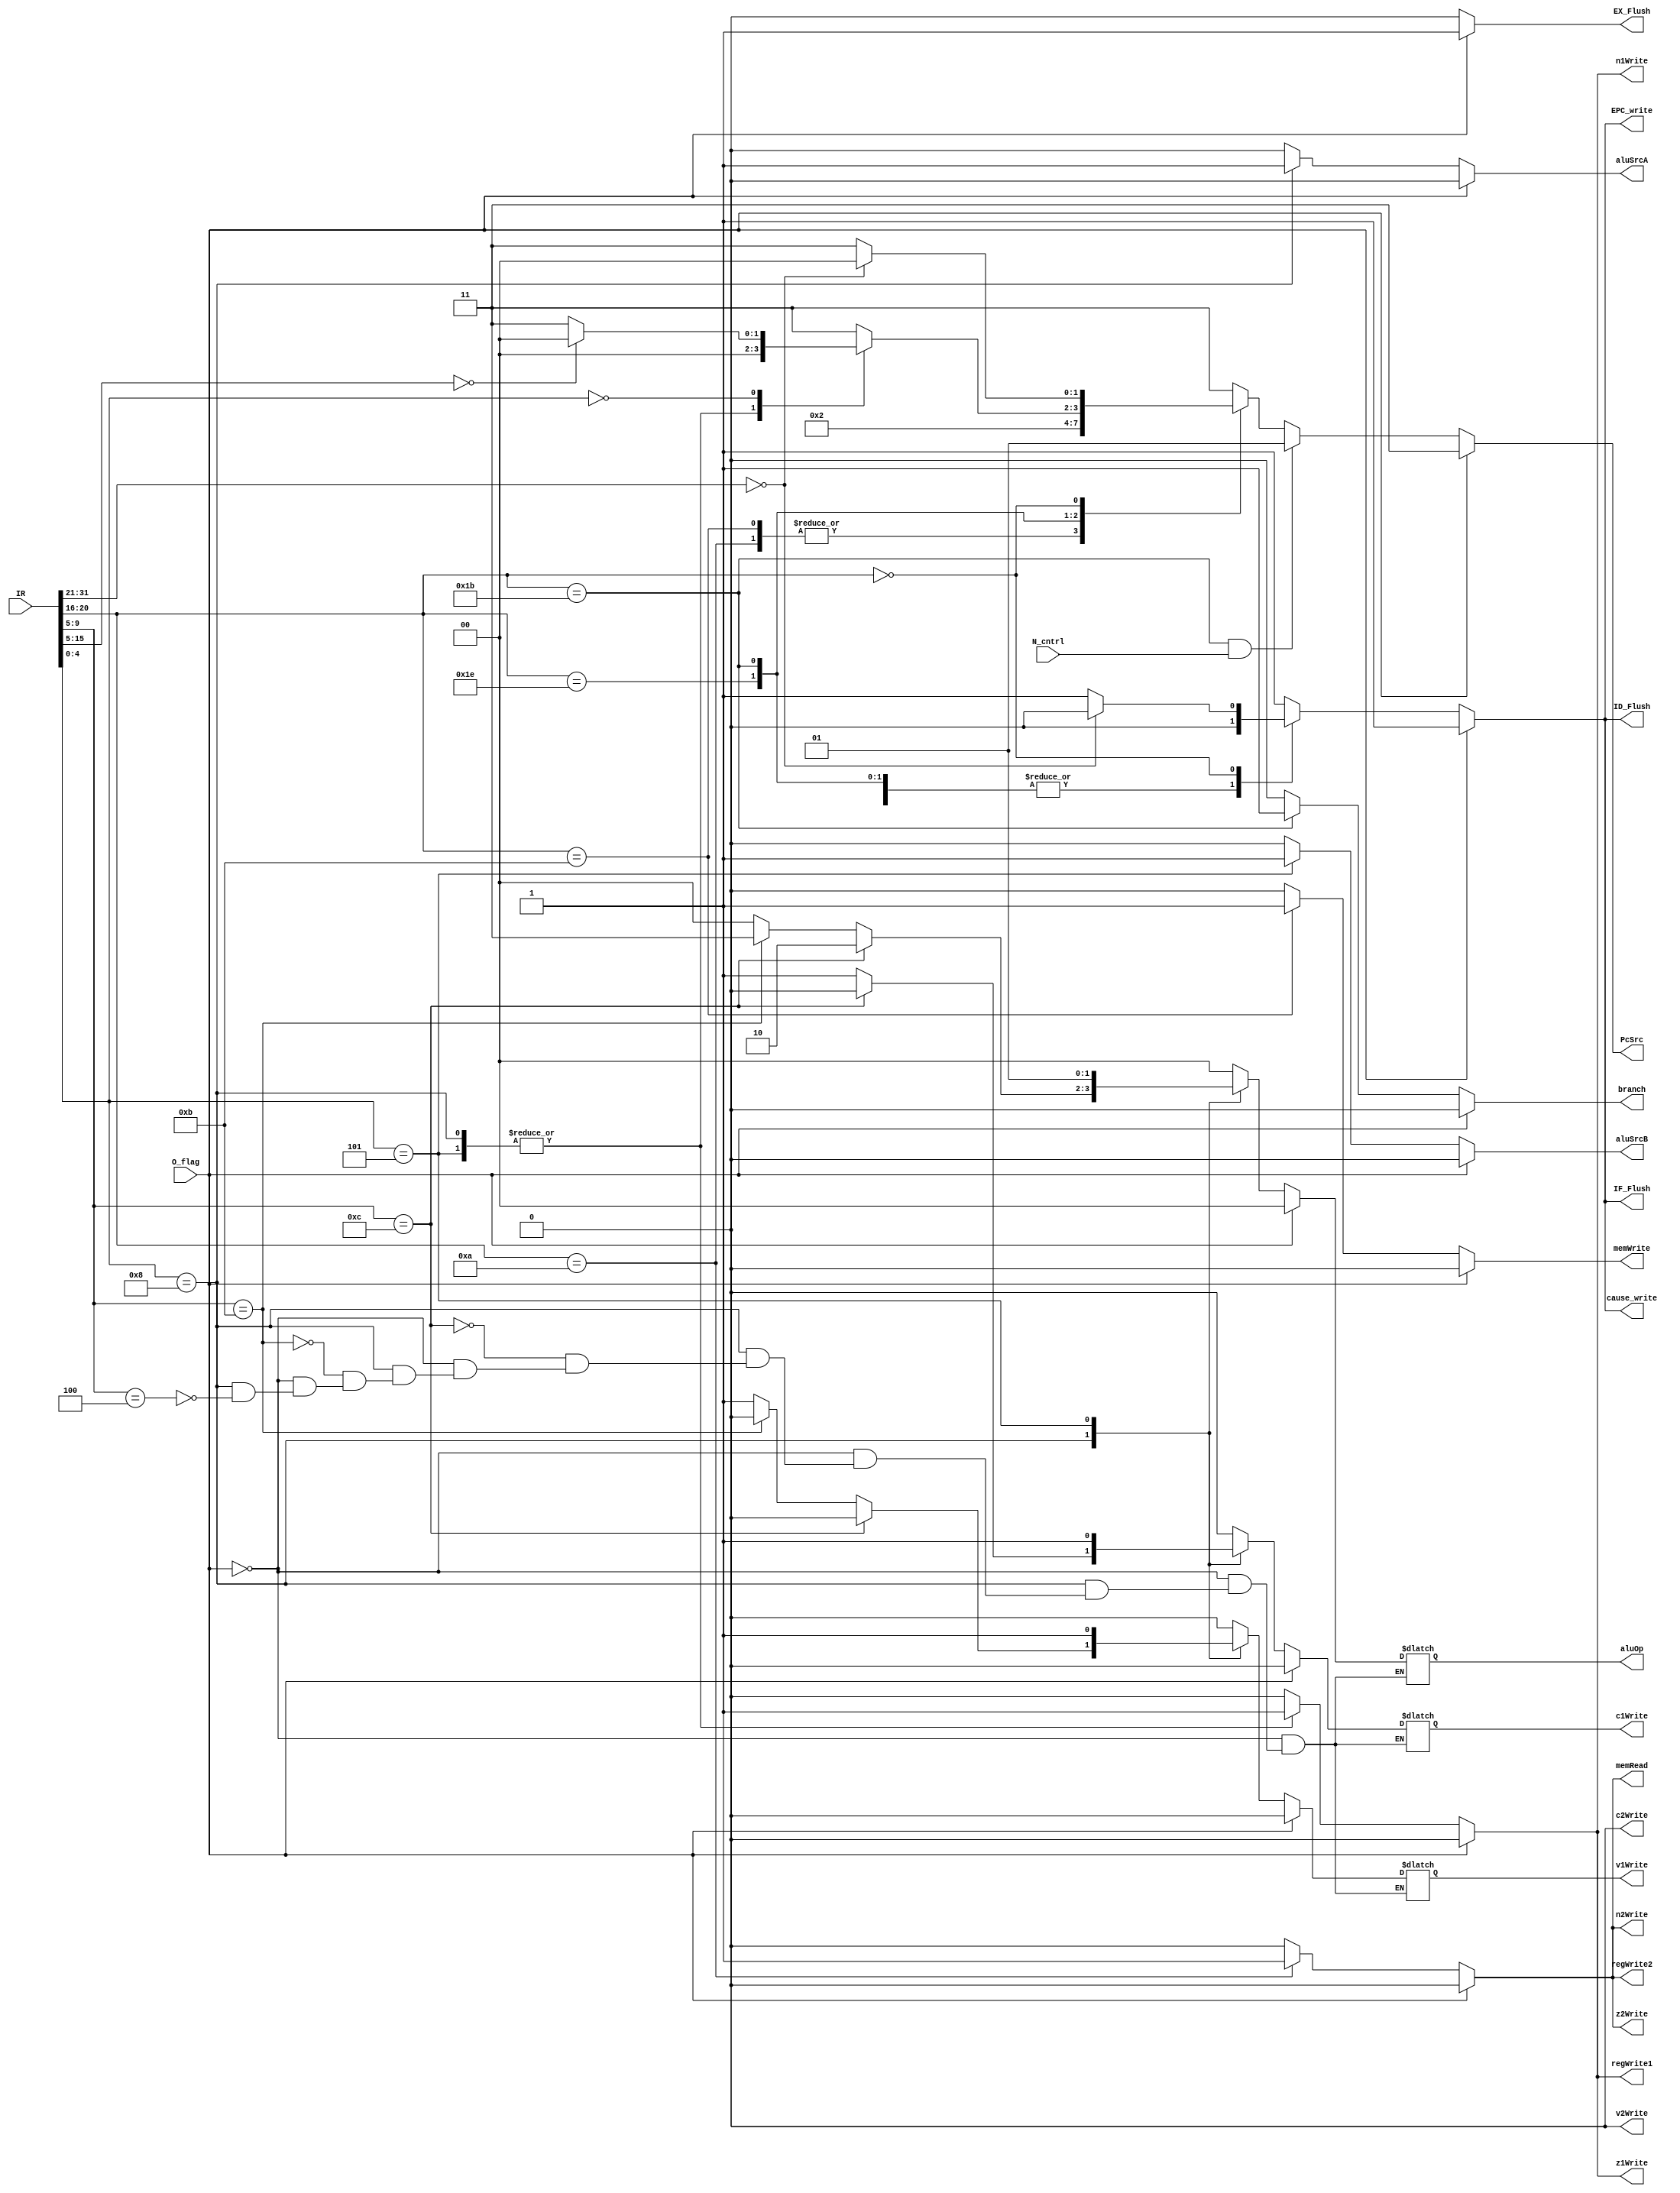
module CntrlCkt(input [31:0] IR, input N_cntrl, 
				output reg regWrite1,output reg regWrite2,
				output reg z1Write,output reg n1Write,output reg c1Write, output reg v1Write, output reg z2Write, output reg n2Write,output reg c2Write,output reg v2Write,
				output reg [1:0]aluOp, output reg branch,
				//output reg PcWrite, 
				output reg [1:0] PcSrc,output reg memRead, output reg memWrite, output reg aluSrcA, output reg aluSrcB,			
				input O_flag, output reg IF_Flush, output reg ID_Flush, output reg EX_Flush, output reg EPC_write,
				 output reg cause_write);

always@(IR or N_cntrl)
	begin
		// for the first instruction
		if(O_flag == 1'b1)
		begin
							   	regWrite1 = 0;
							   	aluSrcA = 0; // for offset
							   	aluSrcB = 0;
							   	z1Write=0;
							   	n1Write=0;
							   	c1Write=0;
							   	v1Write=0;
							  	aluOp=2'b00;
							    regWrite2 = 1'b0;
							   	branch=0;
						    	z2Write=1'b0;
							   	n2Write=1'b0;
						    	c2Write=1'b0;
						    	v2Write=1'b0;
						    	memRead=1'b0;
							  	memWrite=1'b0;
						     	PcSrc=2'b11;
						     	IF_Flush = 1'b1;
    							ID_Flush = 1'b1;
    							EX_Flush = 1'b1;
    							EPC_write = 1'b1;
    							cause_write = 1'b1;
		end
		else 
		begin
		casex({IR[4:0]})
			5'b01000: 	begin
							   	regWrite1 = 1'b1;
    				      		aluSrcA = 1'b1;
    							aluSrcB = 0;
    							z1Write=1;
    						    n1Write=1;
    						    if(IR[9:5]==5'b00100)	
    						    begin
    							   		c1Write=1'b1;
    									v1Write=1'b1;
    									aluOp = 2'b00;
    									end
    						    if(IR[9:5]==5'b01011)
    						    begin
    							   		c1Write=1'b1;
    									v1Write=1'b0;
    									aluOp = 2'b11;
    									end
    							if(IR[9:5]==5'b01100)
    						    begin
    							   		c1Write=1'b0;
    									v1Write=1'b0;
    									aluOp = 2'b10;
    									end
    							//PcWrite=1;
    							
    							PcSrc=2'b00;
    							IF_Flush = 1'b0;
    							ID_Flush = 1'b0;
    							EX_Flush = 1'b0;
    							EPC_write = 1'b0;
    							cause_write = 1'b0;
    						    end
			5'b00101: 	begin
  							   	regWrite1 = 1'b1;
 							   	aluSrcA = 1'b0; // for offset
  							   	aluSrcB = 1;
  							   	z1Write=1;
  							   	n1Write=1;
  							   	c1Write=1;
  							   	v1Write=1;
  							   	aluOp=2'b01;
						     	// PcWrite=1;
						     	PcSrc=2'b00;
						     	IF_Flush = 1'b0;
    							ID_Flush = 1'b0;
    							EX_Flush = 1'b0;
    							EPC_write = 1'b0;
    							cause_write = 1'b0;
						     end
			5'b00000: 	begin//for nop
								if(IR[15:5] == 11'd0)
								begin
							   regWrite1 = 0;
							   aluSrcA = 0; // for offset
							   aluSrcB = 0;
							   z1Write=0;
							   n1Write=0;
							   c1Write=0;
							   v1Write=0;
							   aluOp=2'b00;
						     // PcWrite=1;
						     PcSrc=2'b00;
						     IF_Flush = 1'b0;
    							ID_Flush = 1'b0;
    							EX_Flush = 1'b0;
    							EPC_write = 1'b0;
    							cause_write = 1'b0;
						     	end
						     	else begin
						     		regWrite1 = 0;
							   aluSrcA = 0; // for offset
							   aluSrcB = 0;
							   z1Write=0;
							   n1Write=0;
							   c1Write=0;
							   v1Write=0;
							   aluOp=2'b00;
						     // PcWrite=1;
						     PcSrc=2'b11;
						     IF_Flush = 1'b1;
    							ID_Flush = 1'b1;
    							EX_Flush = 1'b0;
    							EPC_write = 1'b1;
    							cause_write = 1'b1;
						     	end
						     end
			default:    begin
							   regWrite1 = 0;
							   aluSrcA = 0; // for offset
							   aluSrcB = 0;
							   z1Write=0;
							   n1Write=0;
							   c1Write=0;
							   v1Write=0;
							   aluOp=2'b00;
						     // PcWrite=1;
						     PcSrc=2'b11;
						     IF_Flush = 1'b1;
    							ID_Flush = 1'b1;
    							EX_Flush = 1'b0;
    							EPC_write = 1'b1;
    							cause_write = 1'b1;
						     end
		endcase				
		// for the second instruction
		casex({IR[20:16]})
			5'b01010: 	begin //load
							   regWrite2 = 1'b1;
							   branch=0;
							   PcSrc=2'b00;
						    	z2Write=1;
							   n2Write=1;
						    	c2Write=0;
						    	v2Write=0;
						    	memRead=1;
							   memWrite=0;
							   PcSrc=2'b00;
							   IF_Flush = 1'b0;
    							ID_Flush = 1'b0;
    							EX_Flush = 1'b0;
    							EPC_write = 1'b0;
    							cause_write = 1'b0;
						     end
			5'b01011: 	begin //store
							   regWrite2 = 1'b0;
							   memRead = 1'b0;
							   memWrite = 1'b1;
							   branch = 1'b0;
							   PcSrc=2'b00;
							   z2Write=0;
							   n2Write=0;
							   c2Write=0;
							   v2Write=0;
							   PcSrc=2'b00;
							   IF_Flush = 1'b0;
    							ID_Flush = 1'b0;
    							EX_Flush = 1'b0;
    							EPC_write = 1'b0;
    							cause_write = 1'b0;
						     end
			5'b11110: 	begin//jump
							   regWrite2 = 0;
							   branch=0;
							   PcSrc=2'b10;
							   z2Write=0;
							   n2Write=0;
							   c2Write=0;
							   v2Write=0;
							   memRead=0;
						    	memWrite=0;
						    	PcSrc=2'b10;
						    	IF_Flush = 1'b0;
    							ID_Flush = 1'b0;
    							EX_Flush = 1'b0;
    							EPC_write = 1'b0;
    							cause_write = 1'b0;
						     end
			5'b11011:   begin//branch
							    regWrite2 = 0;
							    branch=1;
							    
						     	z2Write=0;
						    	n2Write=0;
							   c2Write=0;
							   v2Write=0;
							   memRead=0;
							   memWrite=0;
							   IF_Flush = 1'b0;
    							ID_Flush = 1'b0;
    							EX_Flush = 1'b0;
    							EPC_write = 1'b0;
    							cause_write = 1'b0;
					       	end
			5'b00000: 	begin//for nop
							   if(IR[31:21] == 11'd0)
								begin
							   regWrite2 = 1'b0;
							   branch=0;
						    	z2Write=1'b0;
							   n2Write=1'b0;
						    	c2Write=1'b0;
						    	v2Write=1'b0;
						    	memRead=1'b0;
							   memWrite=1'b0;
						     // PcWrite=1;
						     PcSrc=2'b00;
						     IF_Flush = 1'b0;
    							ID_Flush = 1'b0;
    							EX_Flush = 1'b0;
    							EPC_write = 1'b0;
    							cause_write = 1'b0;
						     	end
						     	else begin
						     	 regWrite2 = 1'b0;
							   branch=0;
						    	z2Write=1'b0;
							   n2Write=1'b0;
						    	c2Write=1'b0;
						    	v2Write=1'b0;
						    	memRead=1'b0;
							   memWrite=1'b0;
						     // PcWrite=1;
						     PcSrc=2'b11;
						     IF_Flush = 1'b1;
    							ID_Flush = 1'b1;
    							EX_Flush = 1'b0;
    							EPC_write = 1'b1;
    							cause_write = 1'b1;
						     	end
						     end
			default:    begin
							    regWrite2 = 1'b0;
							   branch=0;
						    	z2Write=1'b0;
							   n2Write=1'b0;
						    	c2Write=1'b0;
						    	v2Write=1'b0;
						    	memRead=1'b0;
							   memWrite=1'b0;
						     // PcWrite=1;
						     PcSrc=2'b11;
						     IF_Flush = 1'b1;
    							ID_Flush = 1'b1;
    							EX_Flush = 1'b0;
    							EPC_write = 1'b1;
    							cause_write = 1'b1;
						     end
		endcase
		
		if(IR[20:16]==5'b11011 && N_cntrl==1'b1)
		begin
			PcSrc=2'b01;
		end
	end
	end
endmodule